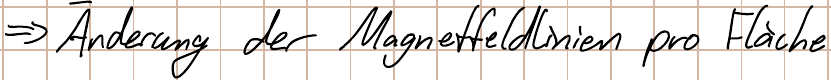
=> Änderung der Magnetfeldlinien pro Fläche